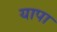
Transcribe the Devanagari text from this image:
यापा